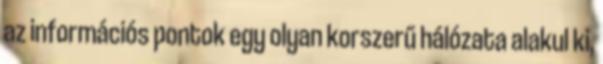
az információs pontok egy olyan korszerű hálózata alakul ki,